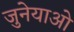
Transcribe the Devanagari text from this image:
जुनेयाओ